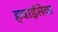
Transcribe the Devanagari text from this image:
हवाईसेवा